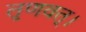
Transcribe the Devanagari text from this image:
तृणवत्।